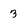
Character: 3